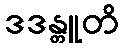
ဒဒန္တူတိ